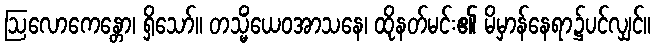
ဩလောကေန္တော၊ ရှိသော်။ တသ္မိံယေဝအာသနေ၊ ထိုနတ်မင်း၏ မိမှာန်နေရာ၌ပင်လျှင်။